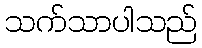
သက်သာပါသည်